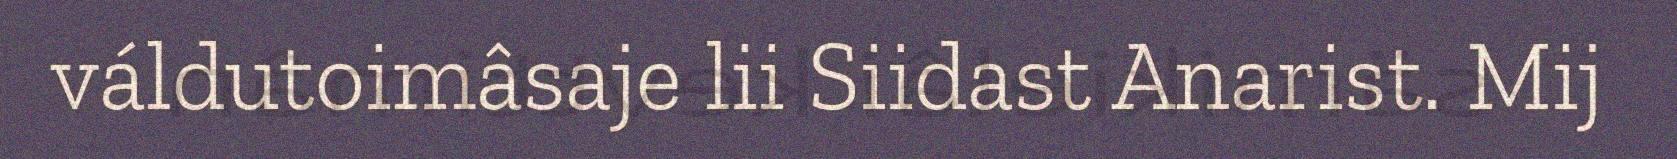
váldutoimâsaje lii Siidast Anarist. Mij